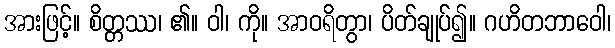
အားဖြင့်။ စိတ္တဿ၊ ၏။ ဝါ၊ ကို။ အာဝရိတွာ၊ ပိတ်ချုပ်၍။ ဂဟိတဘာဝေါ၊